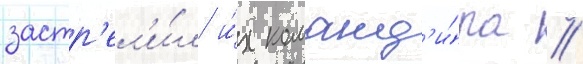
застр'ел'и́л и́х команд'и́ра /